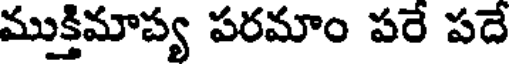
ముక్తిమాప్య పరమాం పరే పదే